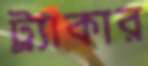
ট্র্যাকার